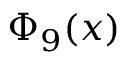
\Phi _ { 9 } ( x )